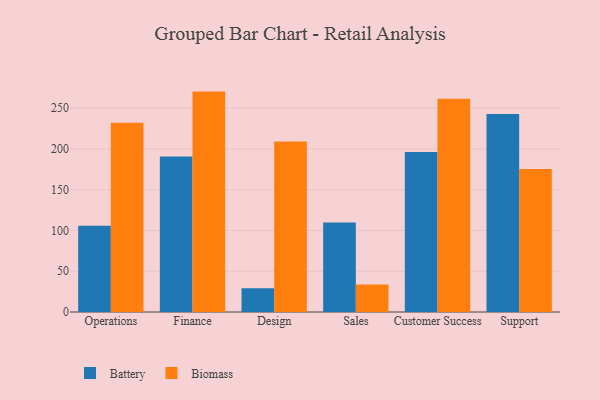
{"axis": {"x": "Department", "y": "Population (Million)"}, "legend": ["Battery", "Biomass"], "data": [{"x": "Operations", "y": 105.7, "type": "Battery"}, {"x": "Operations", "y": 232.0, "type": "Biomass"}, {"x": "Finance", "y": 190.7, "type": "Battery"}, {"x": "Finance", "y": 270.3, "type": "Biomass"}, {"x": "Design", "y": 29.1, "type": "Battery"}, {"x": "Design", "y": 209.1, "type": "Biomass"}, {"x": "Sales", "y": 109.8, "type": "Battery"}, {"x": "Sales", "y": 33.7, "type": "Biomass"}, {"x": "Customer Success", "y": 196.1, "type": "Battery"}, {"x": "Customer Success", "y": 261.5, "type": "Biomass"}, {"x": "Support", "y": 242.8, "type": "Battery"}, {"x": "Support", "y": 175.3, "type": "Biomass"}]}